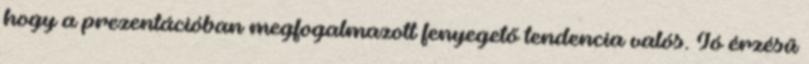
hogy a prezentációban megfogalmazott fenyegető tendencia valós. Jó érzésű